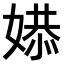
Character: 𫱔